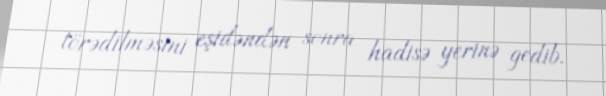
törədilməsini eşidəndən sonra hadisə yerinə gedib.